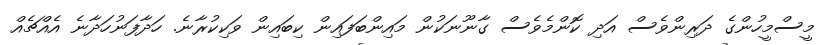
މީސްމީހުންގެ ދަރިންވެސް އަދި ކޮންމެވެސް ގާނޫނަކުން މައިންބަފައިން ކިބައިން ވަކިކުރާނެ. ހަދާފަނުހަދާނެ އެއްޗެއް